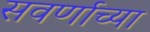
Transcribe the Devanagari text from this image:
सवर्णाच्या